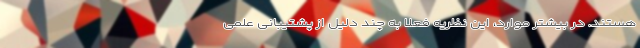
هستند. در بیشتر موارد، این نظریه فعلا به چند دلیل از پشتیبانی علمی